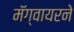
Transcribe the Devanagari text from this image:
मॅग्वायरने